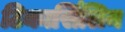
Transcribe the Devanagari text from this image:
टिकार्सिलिन